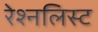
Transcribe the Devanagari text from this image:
रेश्नलिस्ट